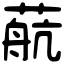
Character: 𦶢